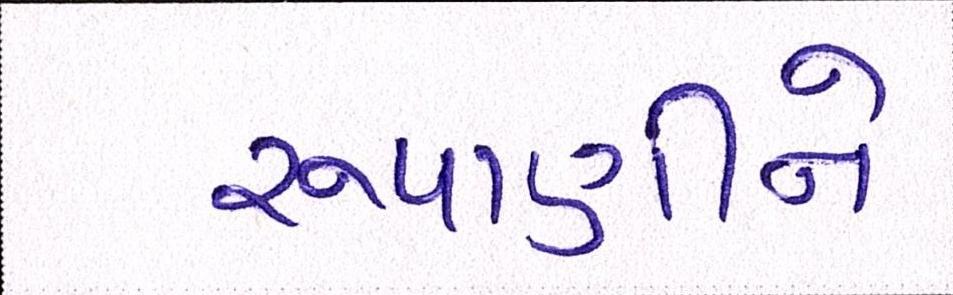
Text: રૂપાણીને